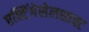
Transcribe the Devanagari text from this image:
एक्टिंगेसेलशाफ्ट